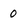
Character: 0